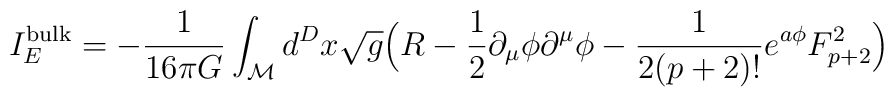
I_E^{\mathrm{bulk}} = - \frac{1}{16\pi G} \int_{\cal{M}} d^D x \sqrt{g}\Big( R-\frac{1}{2} \partial_\mu\phi \partial^\mu \phi - \frac{1}{2(p+2)!} e^{a\phi} F_{p+2}^2 \Big)